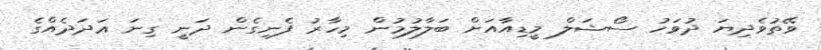
ވޭތުވެދިޔަ ދުވަހު ސޯޝަލް މީޑިއާއަށް ބަލާލުމުން މިހާރު ފެނިގެން ދަނީ ގިނަ ޢަދަދެއްގެ